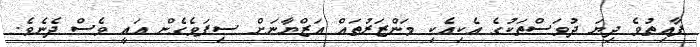
ފާއިތުވެ ދިޔަ ދުވަސްތަކުގެ އެކިއެކި މަންޒަރުތައް އަޒްޔާނަށް ސިފަވެގެން އައީ ވެސް ދެނެވެ.